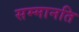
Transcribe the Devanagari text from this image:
सम्मानति